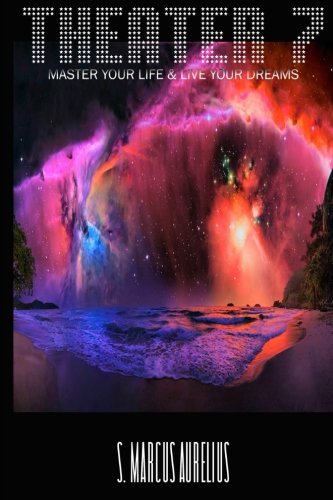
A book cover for Theater 7; S. Marcus Aurelius; Self-Help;